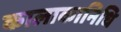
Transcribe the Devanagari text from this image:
कालाकानिधि